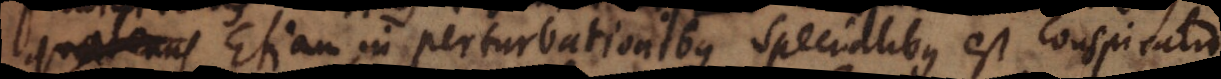
quatenus Etiam in perturbationibus specialibus est conspiratio